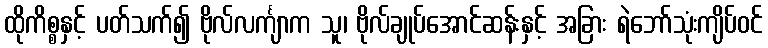
ထိုကိစ္စနှင့် ပတ်သက်၍ ဗိုလ်လင်္ကျာက သူ၊ ဗိုလ်ချုပ်အောင်ဆန်းနှင့် အခြား ရဲဘော်သုံးကျိပ်ဝင်